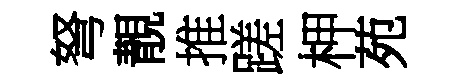
弩靚推蹉柙苑